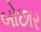
બોછાર